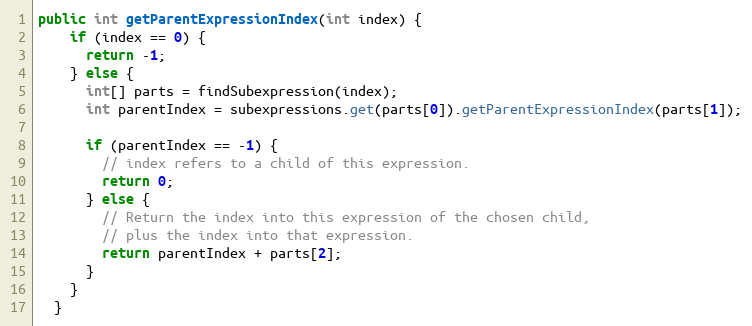
Language: Java
public int getParentExpressionIndex(int index) {
    if (index == 0) {
      return -1;
    } else {
      int[] parts = findSubexpression(index);
      int parentIndex = subexpressions.get(parts[0]).getParentExpressionIndex(parts[1]);

      if (parentIndex == -1) {
        // index refers to a child of this expression.
        return 0;
      } else {
        // Return the index into this expression of the chosen child,
        // plus the index into that expression.
        return parentIndex + parts[2];
      }
    }
  }